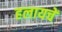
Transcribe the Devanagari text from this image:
हलायचें